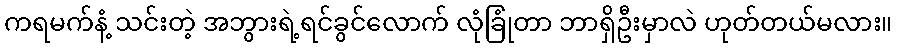
ကရမက်နံ့ သင်းတဲ့ အဘွားရဲ့ရင်ခွင်လောက် လုံခြုံတာ ဘာရှိဦးမှာလဲ ဟုတ်တယ်မလား။